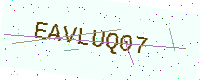
Text: EAVLUQ07